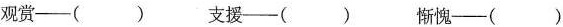
观赏--() 支援--() 惭愧--()